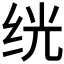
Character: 𬘢